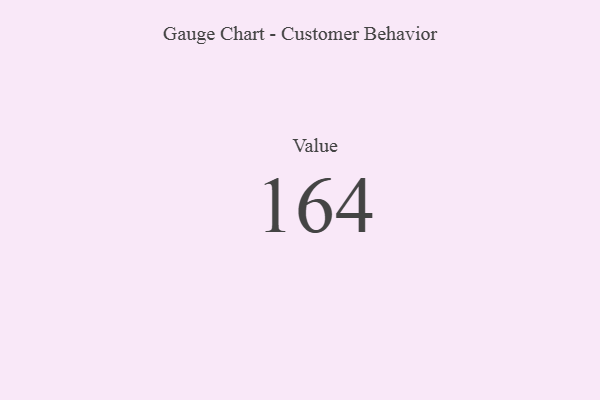
{"axis": {"x": "Metric", "y": "Value"}, "legend": [""], "data": [{"x": "Value", "y": 164, "type": ""}]}